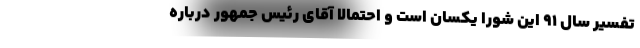
تفسیر سال ۹۱ این شورا یکسان است و احتمالا آقای رئیس جمهور درباره